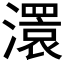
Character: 𤁆